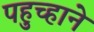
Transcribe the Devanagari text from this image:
पहुच्हाने